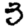
Digit: 3